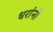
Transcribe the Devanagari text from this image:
धरांनी